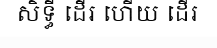
សិទ្ធី ដើរ ហើយ ដើរ